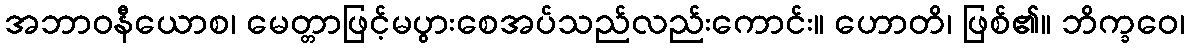
အဘာဝနီယောစ၊ မေတ္တာဖြင့်မပွားစေအပ်သည်လည်းကောင်း။ ဟောတိ၊ ဖြစ်၏။ ဘိက္ခဝေ၊